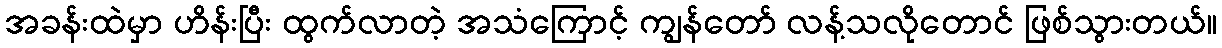
အခန်းထဲမှာ ဟိန်းပြီး ထွက်လာတဲ့ အသံကြောင့် ကျွန်တော် လန့်သလိုတောင် ဖြစ်သွားတယ်။